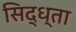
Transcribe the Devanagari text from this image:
सिद्ध्ता